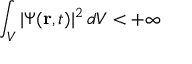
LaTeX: \int _ { V } | \Psi ( \mathbf { r } , t ) | ^ { 2 } \, d V < + \infty